Report on vaccination in Madras 1922-1929 - 1922-1929
Year: 1922
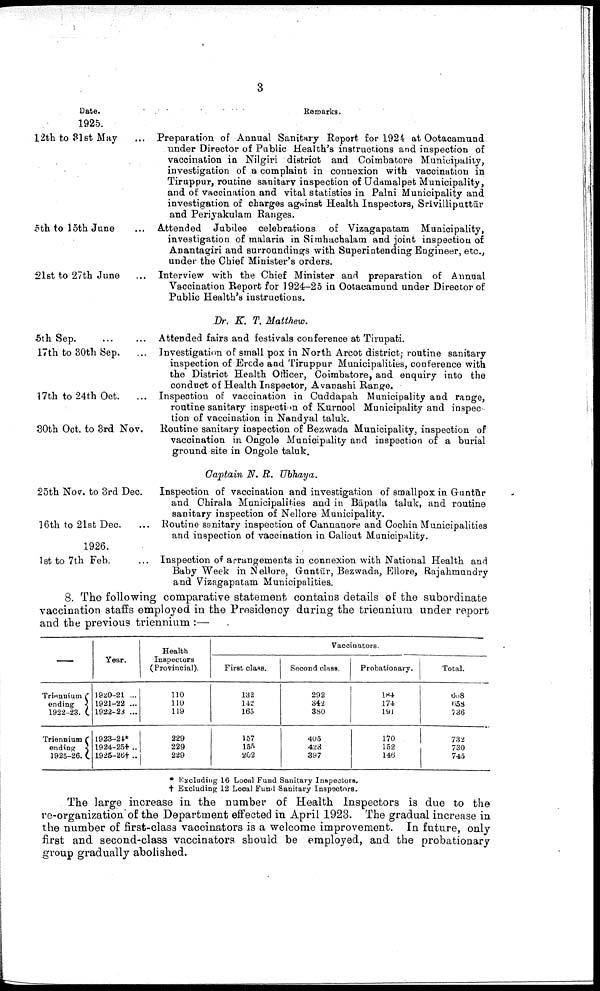
3
Date.
1925.
12th to 31 st May
5th to 15th June
21st to 27th June
Remarks.
Preparation of Annual Sanitary Report for 1924 at Ootacamund
under Director of Public Health's instructions and inspection of
vaccination in Nilgiri district and Coimbatore Municipality,
investigation of a complaint in connexion with vaccination in
Tiruppur, routine sanitary inspection of Udamalpet Municipality,
and of vaccination and vital statistics in Palni Municipality and
investigation of charges against Health Inspectors, Srīvilliputtūr
and Periyakulam Ranges.
Attended Jubilee celebrations of Vizagapatam Municipality,
investigation of malaria in Simahachalam and joint inspection of
Anantagiri and surroundings with Superintending Engineer, etc.,
under the Chief Minister's orders.
Interview with the Chief Minister and preparation of Annual
Vaccination Report for 1924-25 in Ootacamund under Director of
Public Health's instructions.
Dr. K. T. Matthew.
5th
Sep.
...
...
17th to 30th Sep. ...
17th to 24th Oct. ...
30th Oct. to 3rd Nov.
Attended fairs and festivals conference at Tirupati.
Investigation of small pox in North Arcot district; routine sanitary
inspection of Erode and Tiruppur Municipalities, conference with
the District Health Officer, Coimbatore, and enquiry into the
conduct of Health Inspector, Avanashi Range.
Inspection of vaccination in Cuddapah Municipality and range,
routine sanitary inspection of Kurnool Municipality and inspec
tion of vaccination in Nandyal taluk.
Routine sanitary inspection of Bezwada Municipality, inspection of
vaccination in Ongole Municipality and inspection of a burial
ground site in Ongole taluk.
Captain N. R. Ubhaya.
25th Nov. to 3rd Dec.
16th to 21st Dec.
1926.
1st to 7th Feb.
Inspection of vaccination and investigation of smallpox in Guntūr
and Chirala Municipalities and in Bāpatla taluk, and routine
sanitary inspection of Nellore Municipality.
Routine sanitary inspection of Cannanore and Cochin Municipalities
and inspection of vaccination in Calicut Municipality.
Inspection of arrangements in connexion with National Health and
Baby Week in Nellore, Guntūr, Bezwada, Ellore, Rajahmundry
and Vizagapatam Municipalities.
8. The following comparative statement contains details of the subordinate
vaccination staffs employed in the Presidency during the triennium under report
and the previous triennium :—
Triennium
ending
1922-23.
Triennium
ending
1925-26.
Year.
1920-21 ...
1921-22 ...
1922-23 ...
1923-24*
1924-25† ..
1925-26† ..
Health
Inspectors
(Provincial).
110
110 119
229
229
229
Vaccinators.
First class.
132
142
165
157
155
202
Second Class.
292
342
380
405
423
397
Probationary.
184
174
191
170
152
146
Total.
608
658
736
732
730
745
* Excluding 16 Local Fund Sanitary Inspectors.
† Excluding 12 Local Fund Sanitary Inspectors.
The large increase in the number of Health Inspectors is due to the
re-organization of the Department effected in April 1923. The gradual increase in
the number of first-class vaccinators is a welcome improvement. In future, only
first and second-class vaccinators should be employed, and the probationary
group gradually abolished.